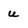
Character: U